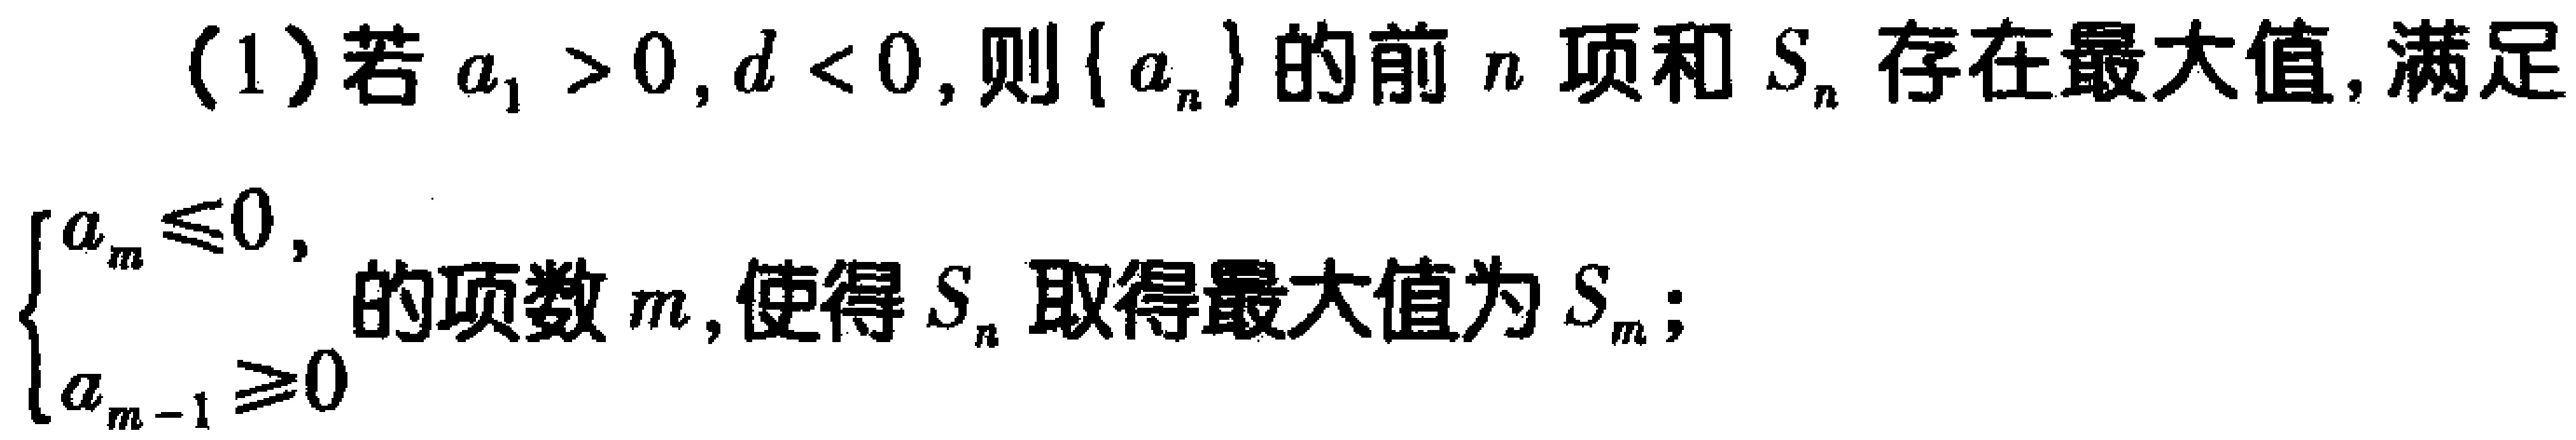
(1)若\(a_{1}>0,d < 0\)，则\(\{ a_{n}\}\)的前\(n\)项和\(S_{n}\)存在最大值，满足\(\begin{cases}a_{m}\leq0,\\a_{m - 1}\geq0\end{cases}\)的项数\(m\)，使得\(S_{n}\)取得最大值为\(S_{m}\)；